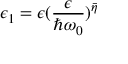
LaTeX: \epsilon _ { 1 } = \epsilon ( \frac { \epsilon } { \hbar \omega _ { 0 } } ) ^ { \bar { \eta } }